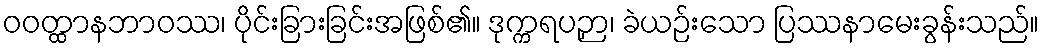
ဝဝတ္ထာနဘာဝဿ၊ ပိုင်းခြားခြင်းအဖြစ်၏။ ဒုက္ကရပဉှာ၊ ခဲယဉ်းသော ပြဿနာမေးခွန်းသည်။